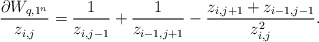
\begin{gather*}{{\partial W_{q,1^n} \over z_{i,j}}} ={{{1 \over z_{i,j-1}}}}+{{1 \over z_{i-1,j+1}}} -{{z_{i,j+1}+z_{i-1, j-1} \over z_{i,j}^2}}.\end{gather*}